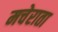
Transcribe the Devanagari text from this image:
मचेराता